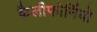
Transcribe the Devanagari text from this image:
कैलीफोर्नियो